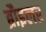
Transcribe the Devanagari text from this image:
ब्रौइलर